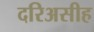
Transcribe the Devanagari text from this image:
दरिअसीह